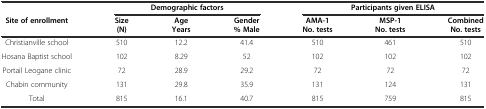
<table><thead><tr><td></td><td colspan="3"><b>Demographic factors</b></td><td colspan="3"><b>Participants given ELISA</b></td></tr><tr><td><b>Site of enrollment</b></td><td><b>Size</b></td><td><b>Age</b></td><td><b>Gender</b></td><td><b>AMA-1</b></td><td><b>MSP-1</b></td><td><b>Combined</b></td></tr><tr><td></td><td><b>(N)</b></td><td><b>Years</b></td><td><b>% Male</b></td><td><b>No. tests</b></td><td><b>No. tests</b></td><td><b>No. tests</b></td></tr></thead><tbody><tr><td>Christianville school</td><td>510</td><td>12.2</td><td>41.4</td><td>510</td><td>461</td><td>510</td></tr><tr><td>Hosana Baptist school</td><td>102</td><td>8.29</td><td>52</td><td>102</td><td>102</td><td>102</td></tr><tr><td>Portail Leogane clinic</td><td>72</td><td>28.9</td><td>29.2</td><td>72</td><td>72</td><td>72</td></tr><tr><td>Chabin community</td><td>131</td><td>29.8</td><td>35.9</td><td>131</td><td>124</td><td>131</td></tr><tr><td>Total</td><td>815</td><td>16.1</td><td>40.7</td><td>815</td><td>759</td><td>815</td></tr></tbody></table>